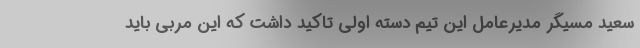
سعید مسیگر مدیرعامل این تیم دسته اولی تاکید داشت که این مربی باید